[Report on the health of British troops in the Madras command]
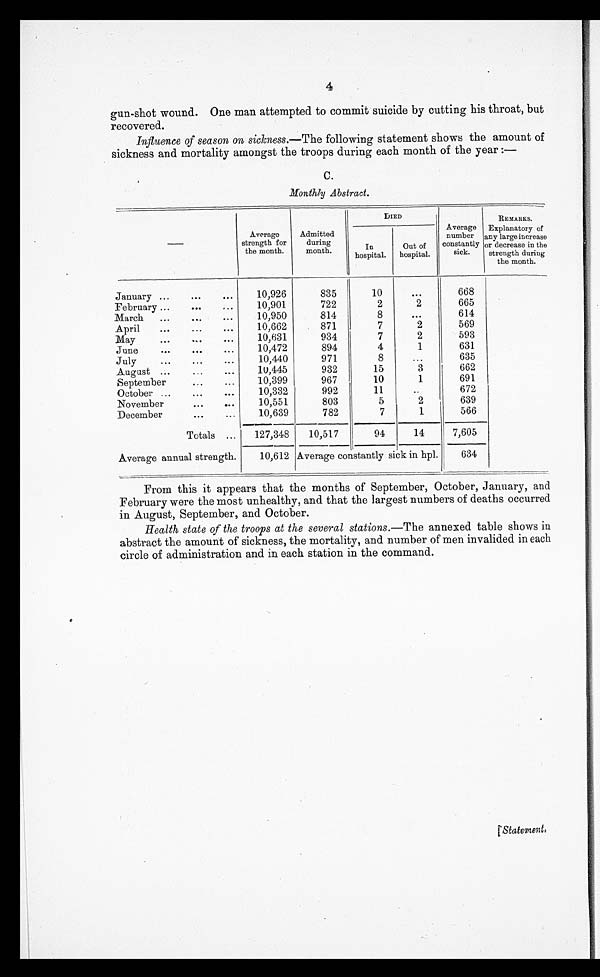
4
gun-shot wound. One man attempted to commit suicide by cutting his throat, but
recovered.
Influence of season on sickness.— The following statement shows the amount of
sickness and mortality amongst the troops during each month of the year :—
C.
Monthly Abstract.
—
Average
strength f or
the month.
Admitted
during
month.
DIED
Average
number
constantly
sick.
REMARKS.
Explanatory of
any large increase
or decrease in the
strength during
the month.
In
hospital.
Out o f
hospital.
January . . .
10,926
835
10
. . .
668
February . . .
10,901
722
2
2
665
March . . .
10,950
814
8
. . .
614
April . . .
10,662
871
7
2
569
May . . .
10,631
934
7
2
593
June . . .
10,472
894
4
1
631
July. . .
10,440
971
8
. . .
635
August . . .
10,445
932
15
3
662
September . . .
10,399
967
10
1
691
October . . .
10,332
992
11
. . .
672
November . . .
10,551
803
5
2
639
December . . .
10,639
782
7
1
566
Totals . . .
127,348
10,517
94
14
7,605
Average annual strength.
10,612 Average constantly sick in hpl.
634
From this it appears that the months of September, October, January, and
February were the most unhealthy, and that the largest numbers of deaths occurred
in August, September, and October.
Health state of the troops at the several stations.— The annexed table shows in
abstract the amount of sickness, the mortality, and number of men invalided in each
circle of administration and in each station in the command.